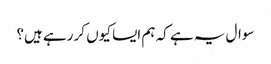
سوال یہ ہے کہ ہم ایسا کیوں کر رہے ہیں؟